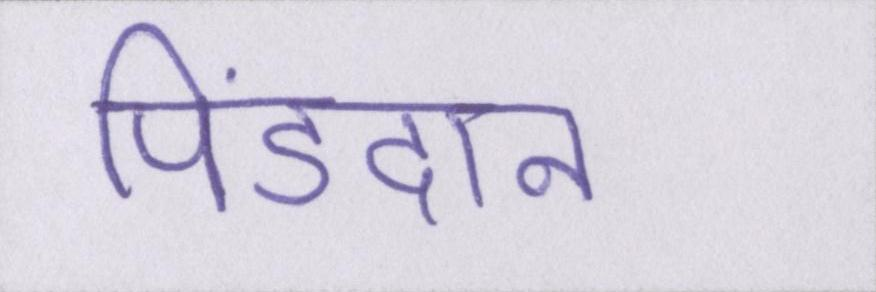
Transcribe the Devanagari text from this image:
पिंडदान